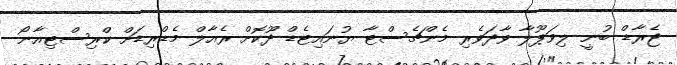
ޖެރާޑް ބުނީ ލިވަޕޫލާ ވާދަވެރި މެންޗެސްޓާ ޔުނައިޓެޑް ދޫކޮށް ރެއާލް މެޑްރިޑަށް ކްރިސްޓިއާނޯ